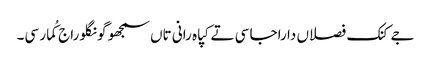
جے کنک فصلاں دا راجا سی تے کپاہ رانی تاں سمجھو گونگلو راج کُمار سی۔